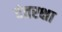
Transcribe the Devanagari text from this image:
दंतरक्षा